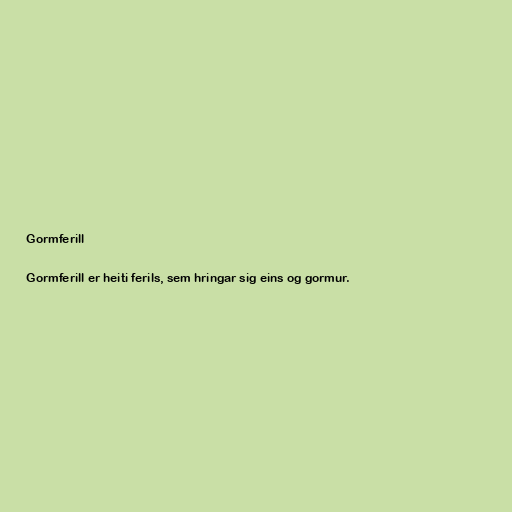
Gormferill

Gormferill er heiti ferils, sem hringar sig eins og gormur.